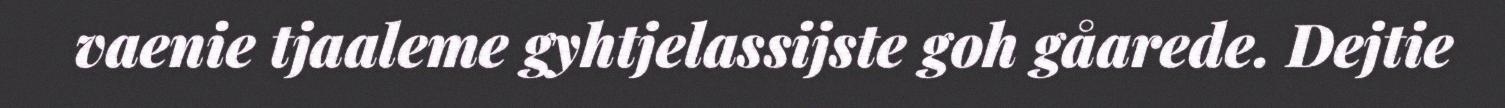
vaenie tjaaleme gyhtjelassijste goh gåarede. Dejtie